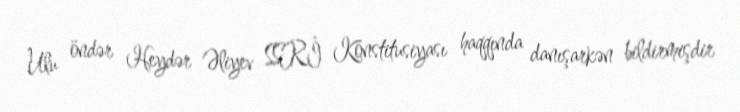
Ulu öndər Heydər Əliyev SSRİ Konstitusiyası haqqında danışarkən bildirmişdir